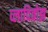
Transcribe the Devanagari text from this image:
व्लादिवोझ